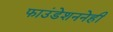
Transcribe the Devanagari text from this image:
फाउंडेशननेही